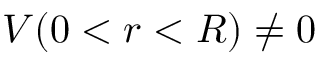
V ( 0 < r < R ) \ne 0